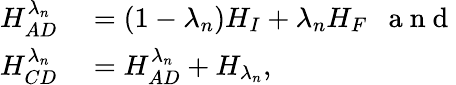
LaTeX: \begin{array}{rl}{H_{AD}^{\lambda_{n}}}&{{}=(1-\lambda_{n})H_{I}+\lambda_{n}H_{F}~~\mathrm{~a~n~d~}}\\ {H_{CD}^{\lambda_{n}}}&{{}=H_{AD}^{\lambda_{n}}+H_{\lambda_{n}},}\end{array}